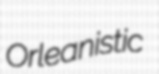
Orleanistic